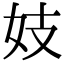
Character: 妓